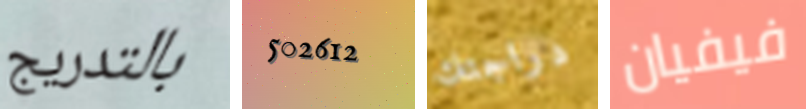
بالتدريج 502612 دراجتك فيفيان